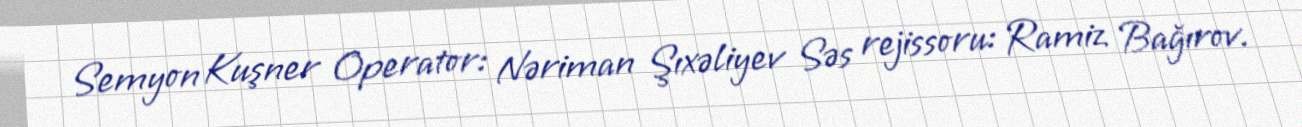
Semyon Kuşner Operator: Nəriman Şıxəliyev Səs rejissoru: Ramiz Bağırov.